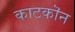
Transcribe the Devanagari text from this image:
काटकॊन